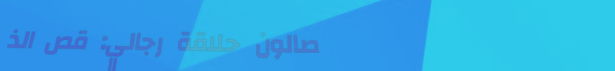
صالون حلاقة رجالي: قص الذ